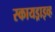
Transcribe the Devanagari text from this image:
स्कायड्राइव्ह